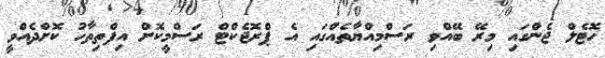
ހޮޓެލް ޖެންގައި މިރޭ ބޭއްވި ރަސްމިއްޔާތެއްގައި އެ ޕްރޮޖެކްޓް ރަސްމީކޮށް އިފްތިތާހު ކޮށްދެއްވީ